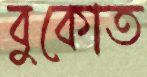
বুকোত